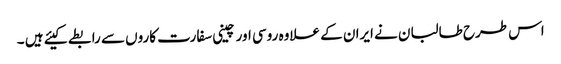
اس طرح طالبان نے ایران کے علاوہ روسی اور چینی سفارت کاروں سے رابطے کیئے ہیں ۔